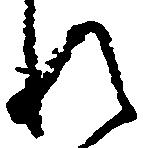
れ